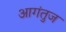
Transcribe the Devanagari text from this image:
आगंतुज